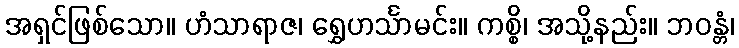
အရှင်ဖြစ်သော။ ဟံသာရာဇ၊ ရွှေဟင်္သာမင်း။ ကစ္စိ၊ အသို့နည်း။ ဘဝန္တံ၊